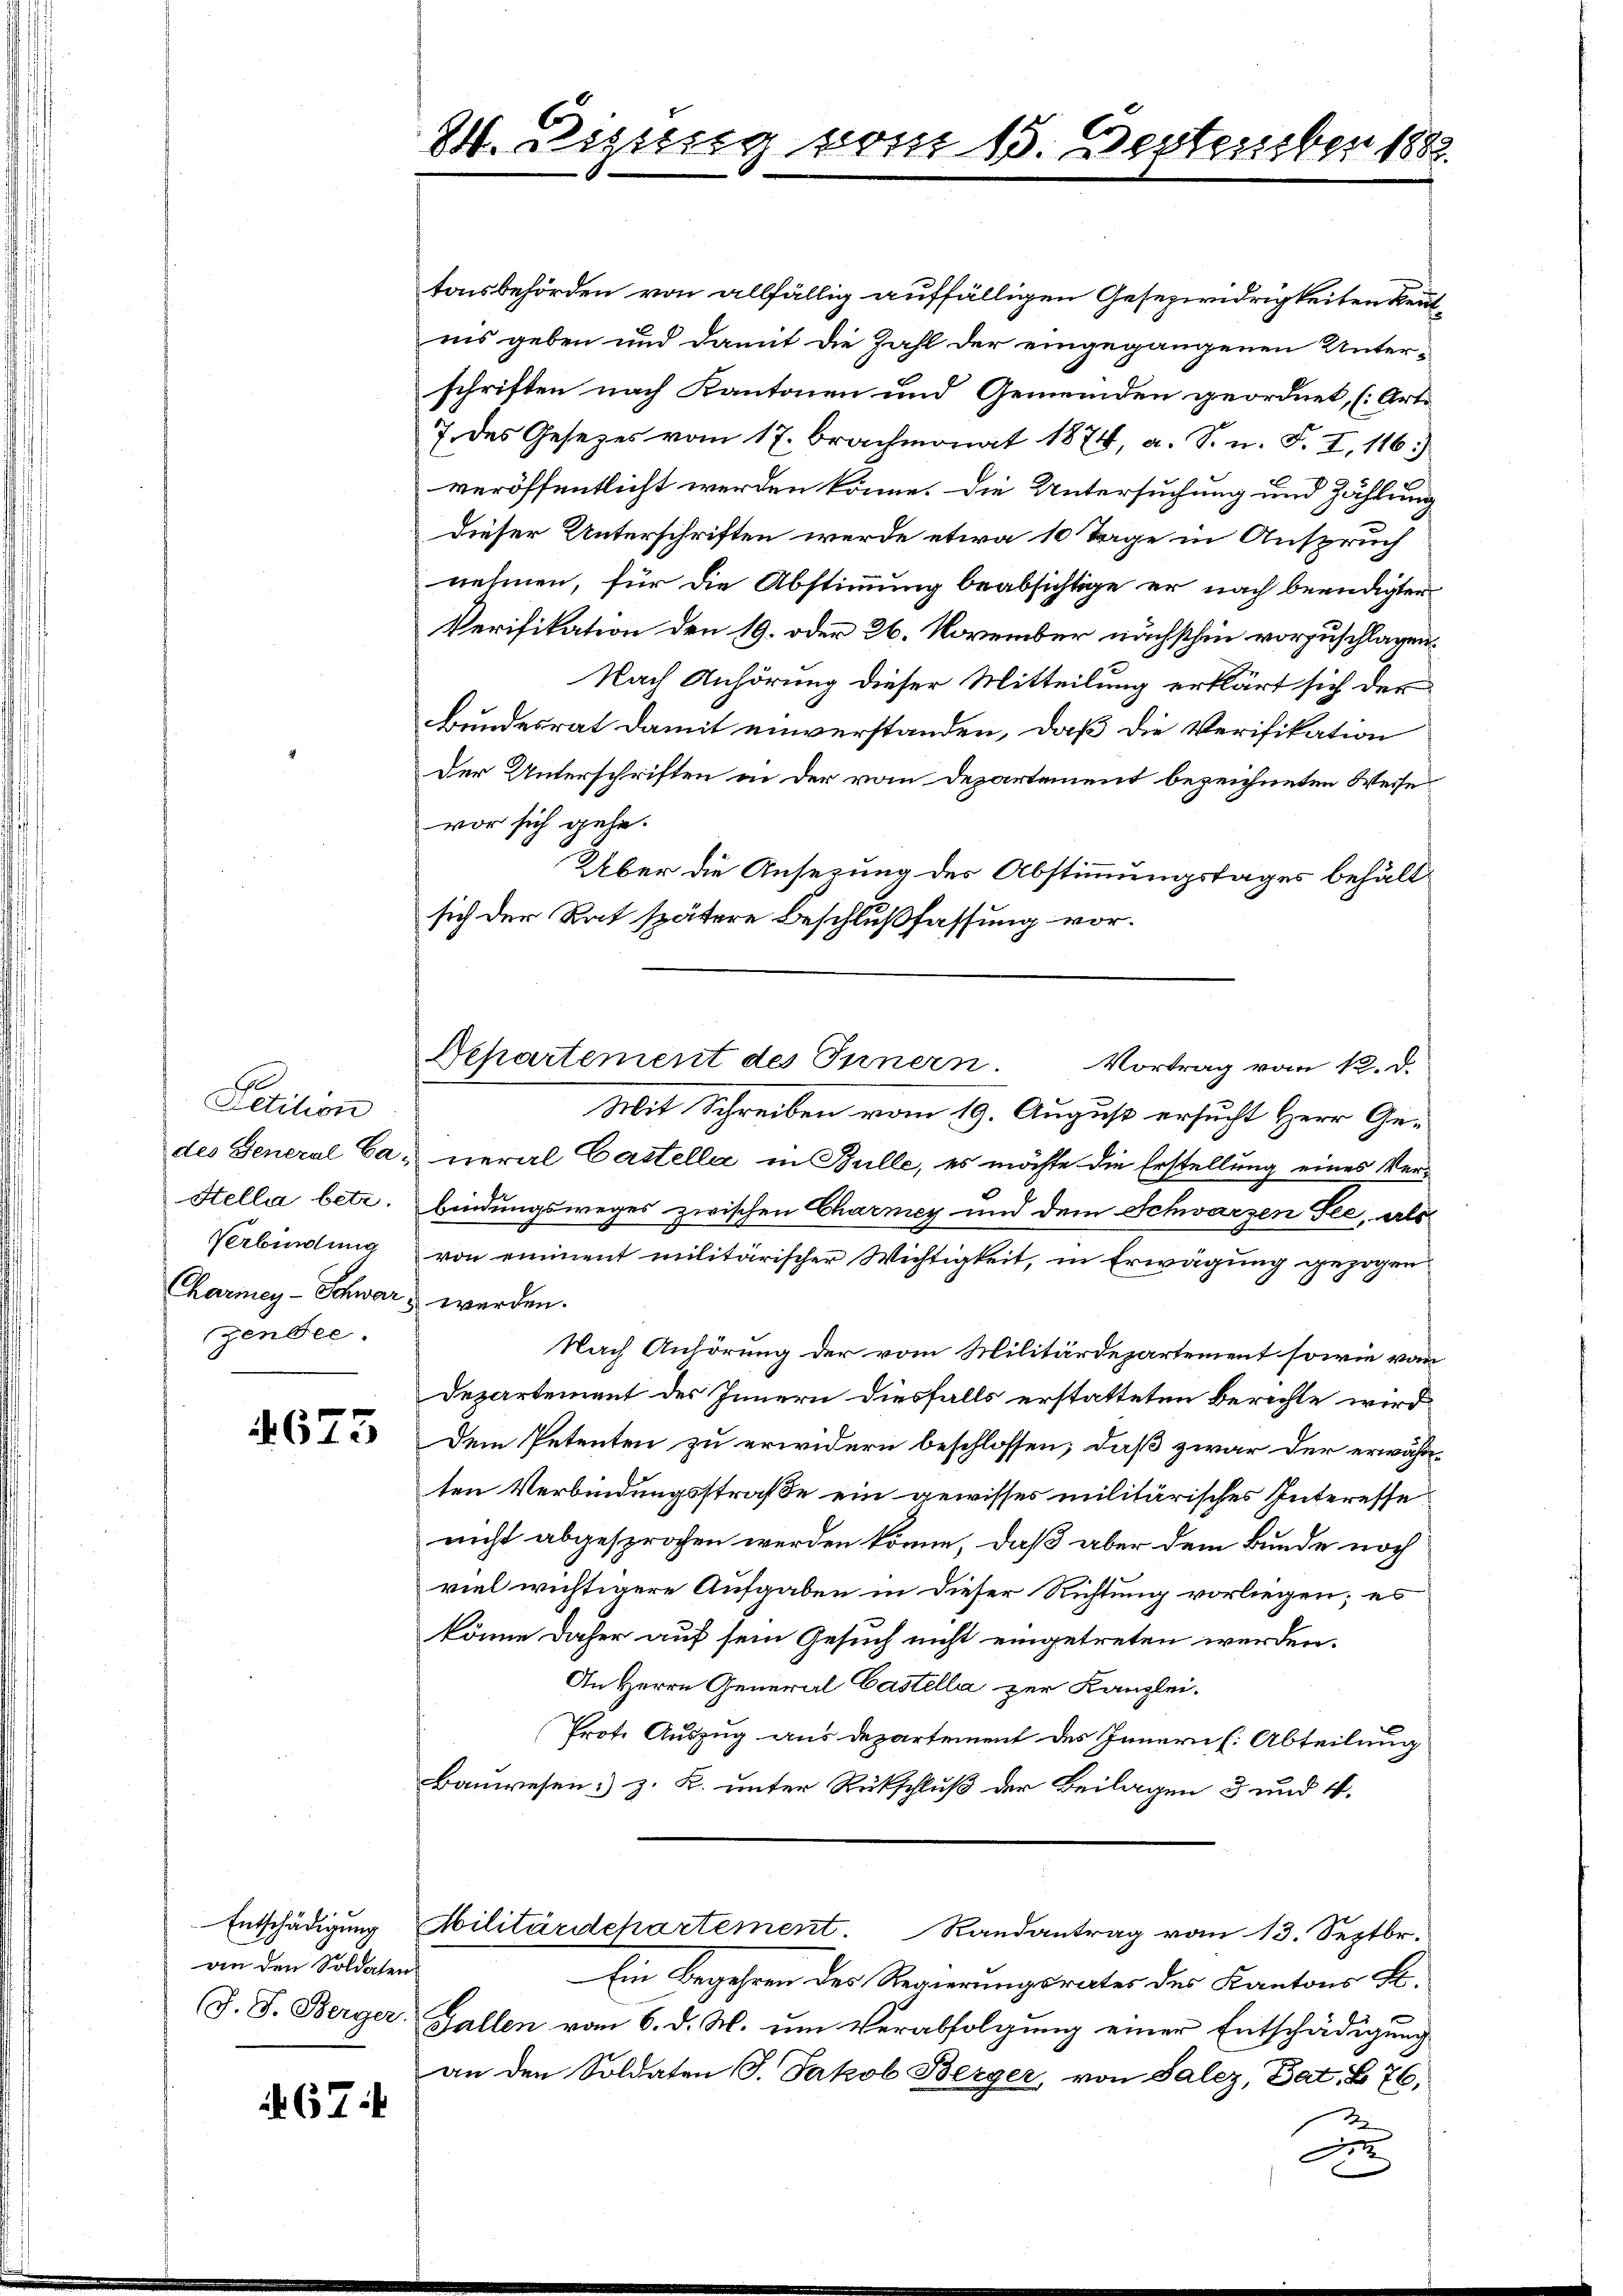
Petition
des General Ca¬
Stella betr.
Verbindung
Charmey-Schwar
zensee.

4673

an den Soldaten.

67:

24. Disseng vom 15. September 1882.

Departement des Innern.
Vortrag vom 12. d.

tonsbehörden von allfällig auffälligen Gesezwidrigkeiten Kenntnis geben und damit die Zahl der eingegangenen Unterschriften nach Kantonen und Gemeinden geordnet, (Art.
7 des Gesezes vom 17. Brachmonat 1874, a. S. u. F. I, 116.)
veröffentlicht werden könne. Die Untersuchung und Zählung
Dieser Unterschriften werde etwa 10 Tage in Anspruch
nehmen, für die Abstimmung beabsichtige er nach beendigter
Verifikation den 19. oder 26. November nächsthin vorzuschlagen.
Nach Anhörung dieser Mitteilung erklärt sich der
Bundesrat damit einverstanden, daß die Verifikation
Der Unterschriften in der vom Departement bezeichneten Weise
vor sich gehe.
Über die Ansezung des Abstimmungstages behältsich der Rat spätere Beschlußfassung vor¬
Mit Schreiben vom 19. August ersucht Herr General Castella in Bulle, es möchte die Erstellung eines Verbindungsweges zwischen Charncy und dem Schwarzen See, als
von einment militärischer Wichtigkeit, in Erwägung gezogen
werden.
Nach Anhörung der vom Militärdepartement sowie von
Departement des Innern diesfalls erstatteten berichte wird
Dem Petenten zu erwidern beschlossen, daß zwar der erwähnten Verbindungsstraße ein gewisses militärisches Interesse
nicht abgesprochen werden könne, daß aber dem Bunde noch
viel wichtigere Aufgaben in dieser Richtung vorliegen; es
könne daher auf sein Gesuch nicht eingetreten werden.
An Herrn General Castella zur Kanzlei.
Prote Auszug aus departement des Innern (Abteilung
Bauwesen:) z. K. unter Rückschluß der Beilagen 3 und 4.
Entschädigung Militärdepartement. Randantrag vom 13. Septbr.
Ein Begehren des Regierungsrates des Kantons S.
(J. J. Berger, Gallen vom 6. d. M. um Verabfolgung einer Entschädigung
an den Soldaten J. Jakob Berger, von Salez, dat. B 76.
D